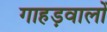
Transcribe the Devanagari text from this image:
गाहड़वालों